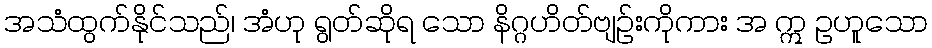
အသံထွက်နိုင်သည်၊ အံဟု ရွတ်ဆိုရ သော နိဂ္ဂဟိတ်ဗျဉ်းကိုကား အ ဣ ဥဟူသော